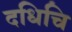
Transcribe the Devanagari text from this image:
दधिचि